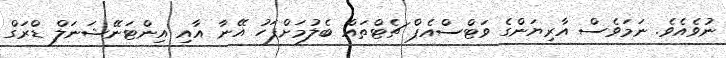
ނުވެއެވެ. ނަމަވެސް އާރިޔަންގެ ވަޓްސްއެޕް ޗެޓްތައް ބެލުމަށްފަހު އޭނާ އާއި އިންޓަނޭޝަނަލް ޑްރަގް